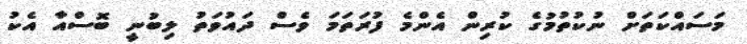
މަސައްކަތަށް ނުކުތުމުގެ ކުރިން އެންމެ ފުރަތަމަ ވެސް ދައުވަތު ލިބުނީ ބޮސްއާ އެކު